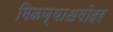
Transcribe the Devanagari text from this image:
मिळण्याअगोदर